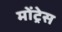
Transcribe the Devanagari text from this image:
मोंट्रेस